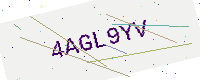
Text: 4AGL9YV